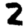
Digit: 2